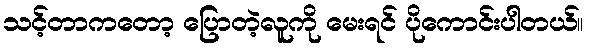
သင့်တာကတော့ ပြောတဲ့လူကို မေးရင် ပိုကောင်းပါတယ်။